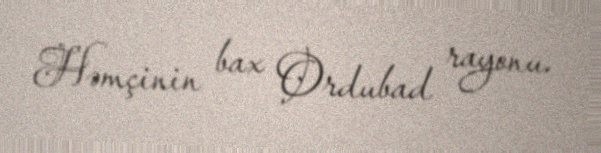
Həmçinin bax Ordubad rayonu.